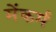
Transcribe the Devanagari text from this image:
मेंकर्म